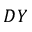
D Y